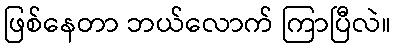
ဖြစ်နေတာ ဘယ်လောက် ကြာပြီလဲ။